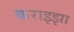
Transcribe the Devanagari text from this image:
कराइझा